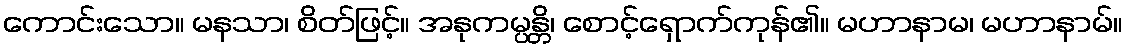
ကောင်းသော။ မနသာ၊ စိတ်ဖြင့်။ အနုကမ္ပန္တိ၊ စောင့်ရှောက်ကုန်၏။ မဟာနာမ၊ မဟာနာမ်။